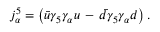
j _ { \alpha } ^ { 5 } = \left( \bar { u } \gamma _ { 5 } \gamma _ { \alpha } u \, - \, \bar { d } \gamma _ { 5 } \gamma _ { \alpha } d \right) .